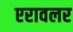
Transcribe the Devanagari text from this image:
एरावलर